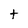
Character: t